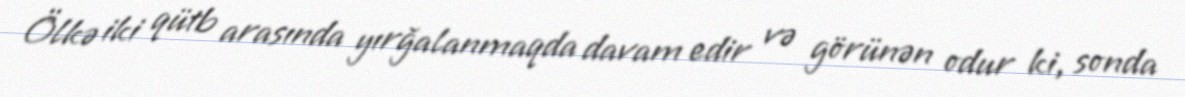
Ölkə iki qütb arasında yırğalanmaqda davam edir və görünən odur ki, sonda